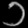
Digit: ၁